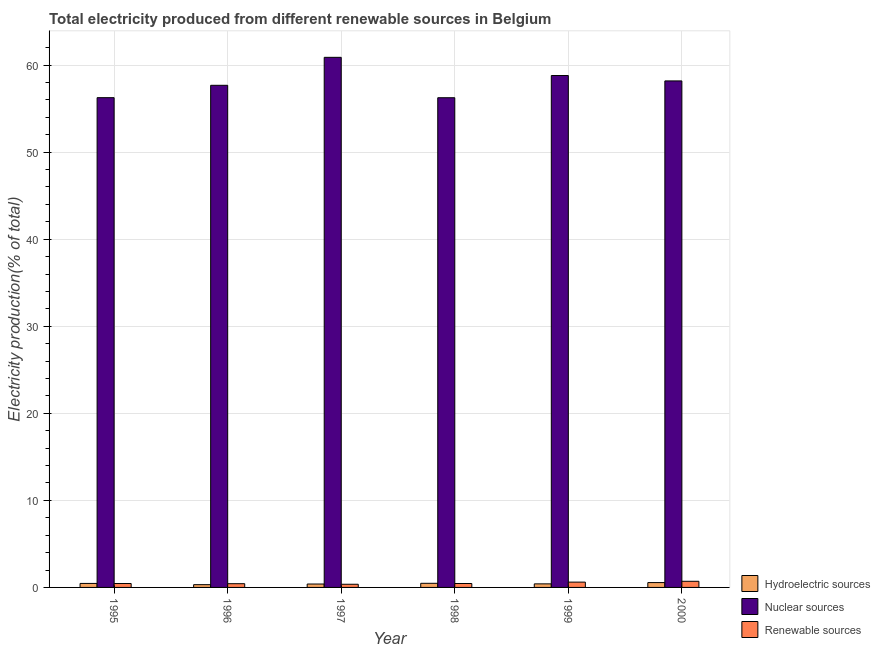
| Year | Hydroelectric sources | Nuclear sources | Renewable sources |
 | --- | --- | --- | --- |
 | 1995 | 0.46 | 56.3 | 0.449 |
 | 1996 | 0.318 | 57.7 | 0.429 |
 | 1997 | 0.392 | 60.9 | 0.363 |
 | 1998 | 0.474 | 56.2 | 0.451 |
 | 1999 | 0.409 | 58.8 | 0.611 |
 | 2000 | 0.556 | 58.2 | 0.706 |